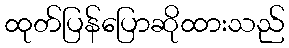
ထုတ်ပြန်ပြောဆိုထားသည်